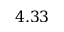
4 . 3 3